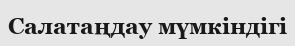
Салатаңдау мүмкіндігі